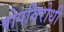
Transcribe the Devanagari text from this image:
पोपविरोधी